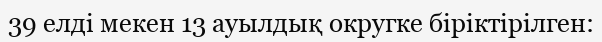
39 елді мекен 13 ауылдық округке біріктірілген: